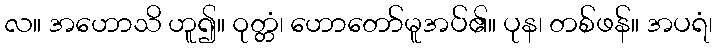
လ။ အဟောသိ ဟူ၍။ ဝုတ္တံ၊ ဟောတော်မူအပ်၏။ ပုန၊ တစ်ဖန်။ အပရံ၊